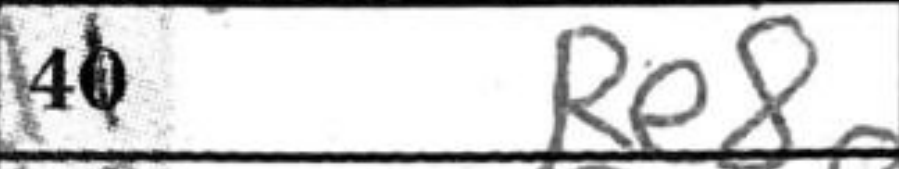
Transcription: Re8